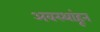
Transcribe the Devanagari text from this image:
अवस्थांहून